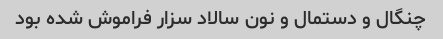
چنگال و دستمال و نون سالاد سزار فراموش شده بود